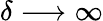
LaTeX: \delta\longrightarrow\infty